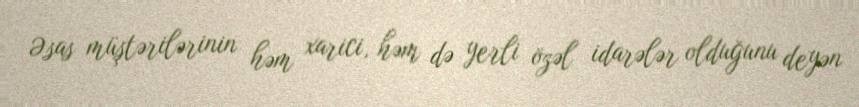
Əsas müştərilərinin həm xarici, həm də yerli özəl idarələr olduğunu deyən